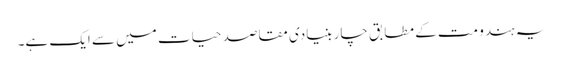
یہ ہندو مت کے مطابق چار بنیادی مقاصد حیات میں سے ایک ہے۔